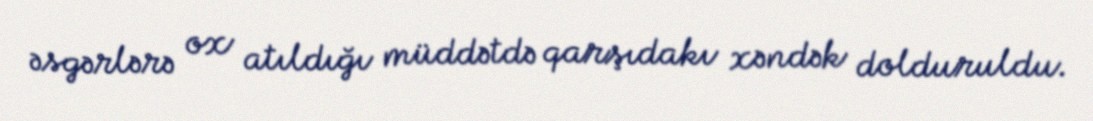
əsgərlərə ox atıldığı müddətdə qarşıdakı xəndək dolduruldu.